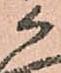
候